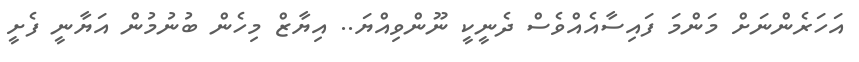
އަހަރެންނަށް މަންމަ ފައިސާއެއްވެސް ދެނީކީ ނޫންވިއްޔަ.. އިޔާޒް މިހެން ބުނުމުން އަޔާނީ ފެށީ